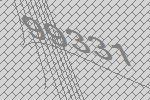
99331